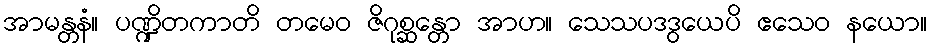
အာမန္တနံ။ ပဏ္ဍိတကာတိ တမေဝ ဇိဂုစ္ဆန္တော အာဟ။ သေသပဒဒွယေပိ ဧသေဝ နယော။